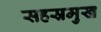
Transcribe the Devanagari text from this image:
सहस्रमुख